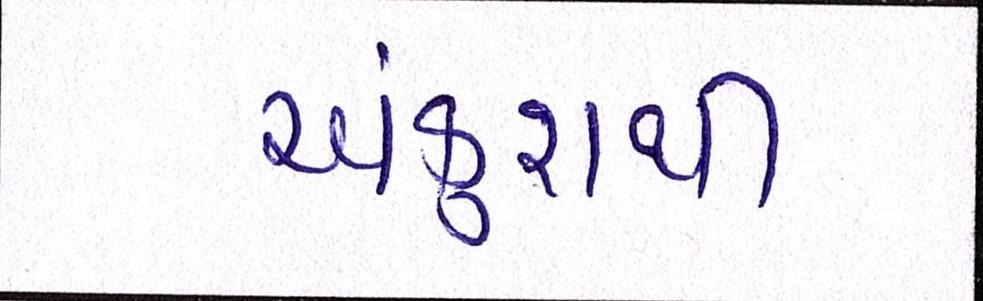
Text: અંકુશથી